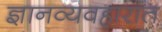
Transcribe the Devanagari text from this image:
ज्ञानव्यवहारात